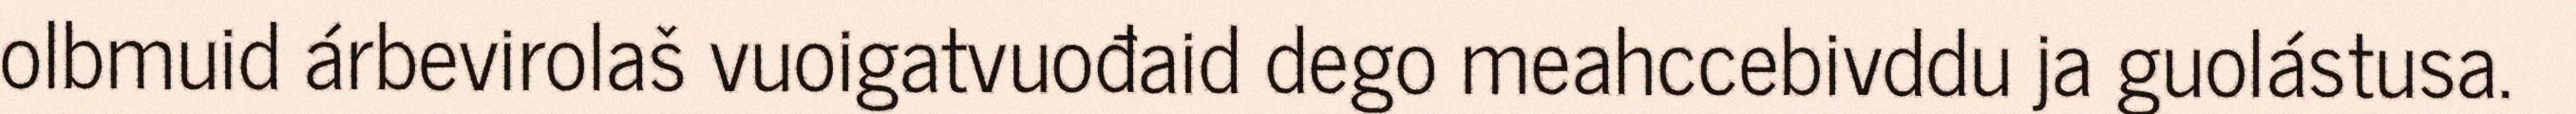
olbmuid árbevirolaš vuoigatvuođaid dego meahccebivddu ja guolástusa.